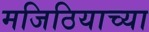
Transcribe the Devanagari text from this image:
मजिठियाच्या